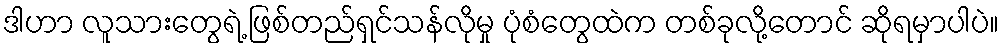
ဒါဟာ လူသားတွေရဲ့ ဖြစ်တည်ရှင်သန်လိုမှု ပုံစံတွေထဲက တစ်ခုလို့တောင် ဆိုရမှာပါပဲ။